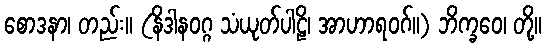
စောဒနာ၊ တည်း။ (နိဒါနဝဂ္ဂ သံယုတ်ပါဠိ၊ အာဟာရဝဂ်။) ဘိက္ခဝေ၊ တို့။